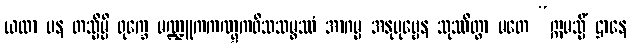
ယထာ ပန တသ္မိမ္ပိ ရုက္ခေ မဏ္ဍူကကဏ္ဋကဝိသသမ္ဖဿံ အာဂမ္မ အနုပုဗ္ဗေန သုဿိတွာ မတေ “ဣမသ္မိံ ဌာနေ